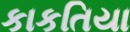
કાકતિયા